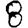
Digit: 8